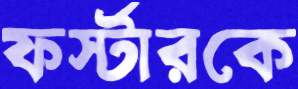
ফর্স্টারকে